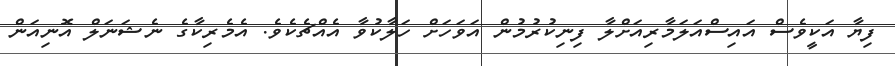
ފިޔާ އަކީވެސް އައިސްއަލަމާރިއަށްލާ ފިނިކުރުމުން އަވަހަށް ހަލާކުވާ އެއްޗެކެވެ. އެމެރިކާގެ ނެޝަނަލް އޮނިއަން